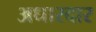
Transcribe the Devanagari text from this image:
अधारदार